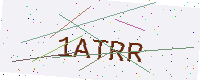
Text: 1ATRR